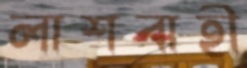
লাশবাহী